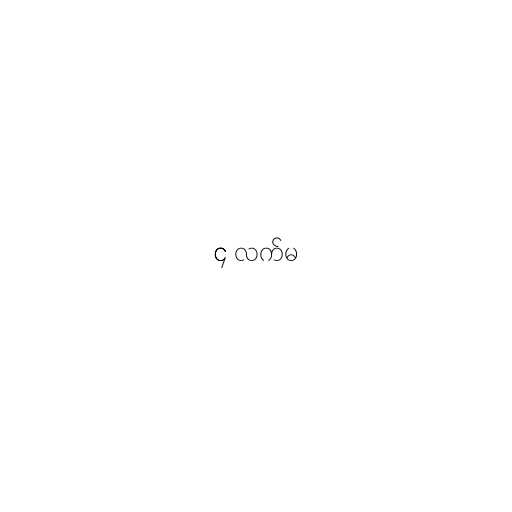
၄ လက်မ